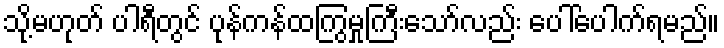
သို့မဟုတ် ပါရီတွင် ပုန်ကန်ထကြွမှုကြီးသော်လည်း ပေါ်ပေါက်ရမည်။